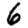
Digit: 6